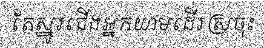
តែស្នូរជើងអ្នកយាមដើរស្រចុះ